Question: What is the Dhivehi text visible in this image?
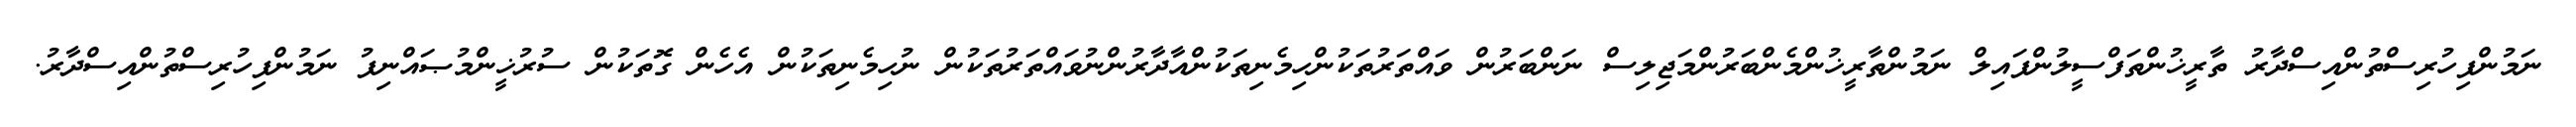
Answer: ނަމުންފިހުރިސްތުންއިސްދާރު ތާރީޚުންތަފްސީލުންފައިލް ނަމުންތާރީޚުންމެންބަރުންމަޖިލިސް ނަންބަރުން ވައްތަރުތަކުންހިމެނިތަކުންއާދާރުންނުވައްތަރުތަކުން ނުހިމެނިތަކުން އެހެން ގޮތަކުން ސުރުޚީންމުޞައްނިފު ނަމުންފިހުރިސްތުންއިސްދާރު.